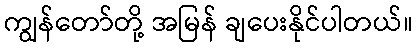
ကျွန်တော်တို့ အမြန် ချပေးနိုင်ပါတယ်။